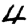
Digit: 4